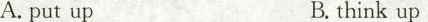
A. put up B. think up